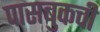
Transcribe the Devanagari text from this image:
पासबुकची